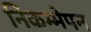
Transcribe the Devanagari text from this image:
निकम्मेपन